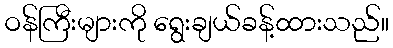
ဝန်ကြီးများကို ရွေးချယ်ခန့်ထားသည်။